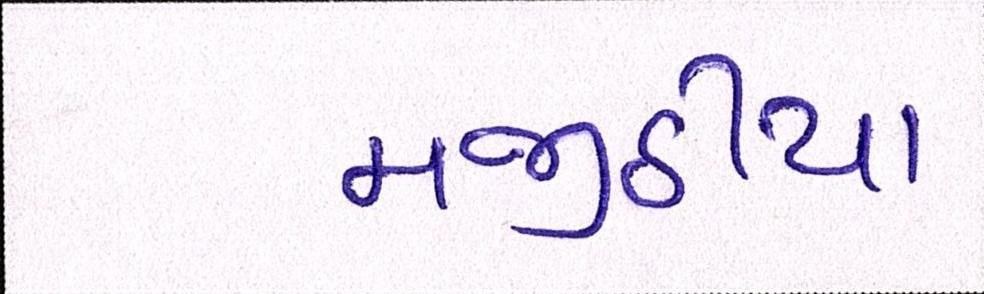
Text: મજીઠીયા